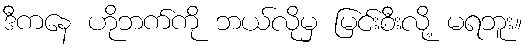
ဒီကနေ ဟိုဘက်ကို ဘယ်လိုမှ မြင်းစီးလို့ မရဘူး။